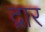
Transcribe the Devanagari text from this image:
द्रार